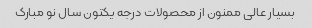
بسیار عالی ممنون از محصولات درجه یکتون سال نو مبارک